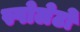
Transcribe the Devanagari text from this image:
स्पोलेटो